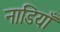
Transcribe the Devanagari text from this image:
नाडियाँ